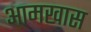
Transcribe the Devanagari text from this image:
आमखास